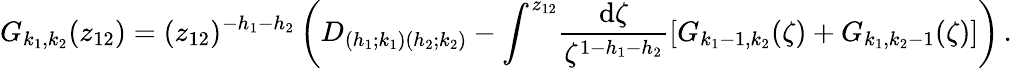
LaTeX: G_{k_{1},k_{2}}(z_{12})=(z_{12})^{-h_{1}-h_{2}}\left(D_{(h_{1};k_{1})(h_{2};k_{2})}-\int^{z_{12}}\! \frac{\mathrm{d}\zeta}{\zeta^{1-h_{1}-h_{2}}}[G_{k_{1}-1,k_{2}}(\zeta)+G_{k_{1},k_{2}-1}(\zeta)]\right)\, .